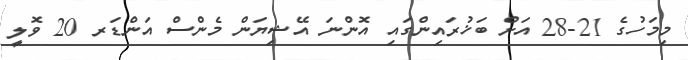
މިމަހުގެ 21-28 އަށް ބަޚުރައިންގައި އޮންނަ އޭޝިޔަން މެންސް އަންޑަރ 20 ވޮލީ